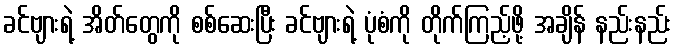
ခင်ဗျားရဲ့ အိတ်တွေကို စစ်ဆေးပြီး ခင်ဗျားရဲ့ ပုံစံကို တိုက်ကြည့်ဖို့ အချိန် နည်းနည်း